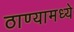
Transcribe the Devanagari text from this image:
ठाण्यामध्ये